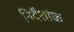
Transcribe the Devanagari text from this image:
निर्देंशांक